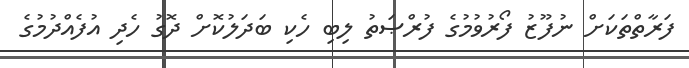
ފަރާތްތަކަށް ނުފޫޒު ފޯރުވުމުގެ ފުރްޞަތު ލިބި ހެކި ބަދަލުކޮށް ދޮގު ހެދި އުފެއްދުމުގެ